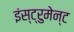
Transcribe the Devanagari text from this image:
इंस्ट्रुमेन्ट